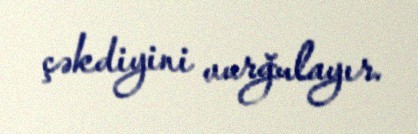
çəkdiyini vurğulayır.